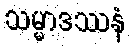
သမ္မာဒဿနံ